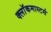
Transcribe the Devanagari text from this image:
क्लाॅकमास्टर्स